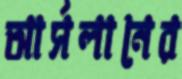
আর্সলানের